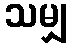
သမျှ